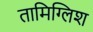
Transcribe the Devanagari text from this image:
तामिग्लिश